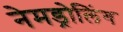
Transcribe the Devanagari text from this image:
नेमड्रोलिंग